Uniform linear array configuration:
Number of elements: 64
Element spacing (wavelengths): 0.25
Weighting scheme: uniform
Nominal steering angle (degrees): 30
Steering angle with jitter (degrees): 28.148
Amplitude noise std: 0.05
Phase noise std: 0.05

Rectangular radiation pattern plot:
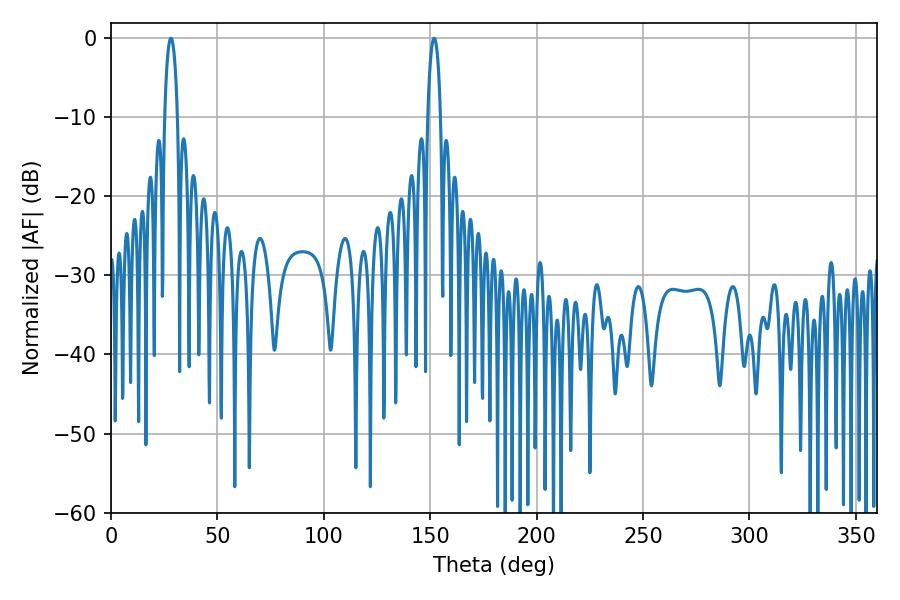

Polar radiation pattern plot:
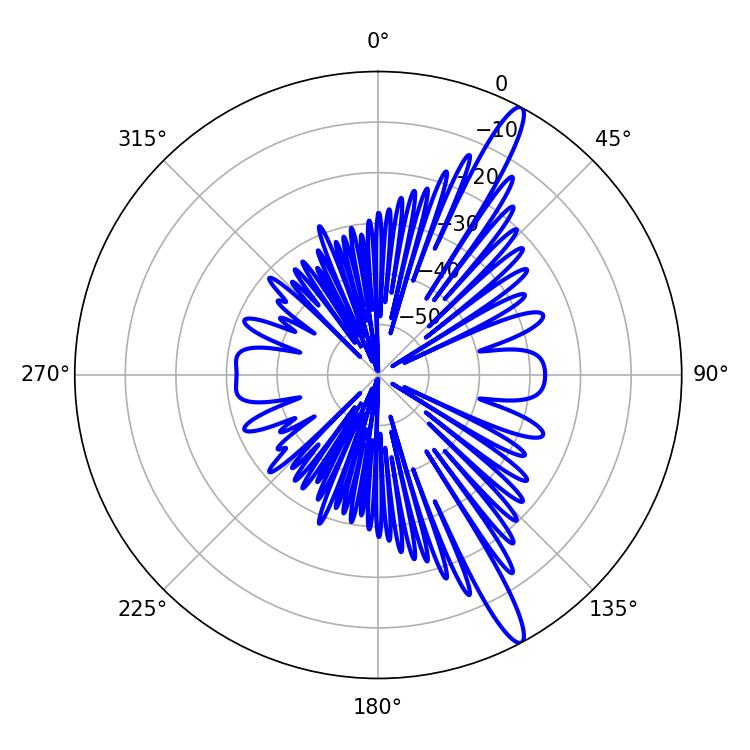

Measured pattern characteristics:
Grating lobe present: FALSE
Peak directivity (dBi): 14.731
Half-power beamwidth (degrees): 3.42
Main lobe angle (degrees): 28.08